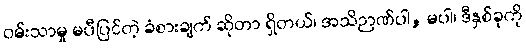
ဝမ်းသာမှု မပီပြင်တဲ့ ခံစားချက် ဆိုတာ ရှိတယ်၊ အသိဉာဏ်ပါ, မပါ၊ ဒီနှစ်ခုကို